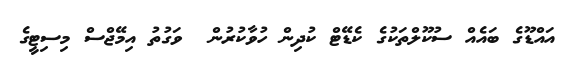
އައްޑޫގެ ބައެއް ސުކޫލްތަކުގެ ކެޑޭޓް ކުދިން ހުވާކުރުން  ވަގުތު އިމޭޖްސް މިސިޓީގެ